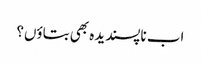
اب ناپسندیدہ بھی بتاؤں؟